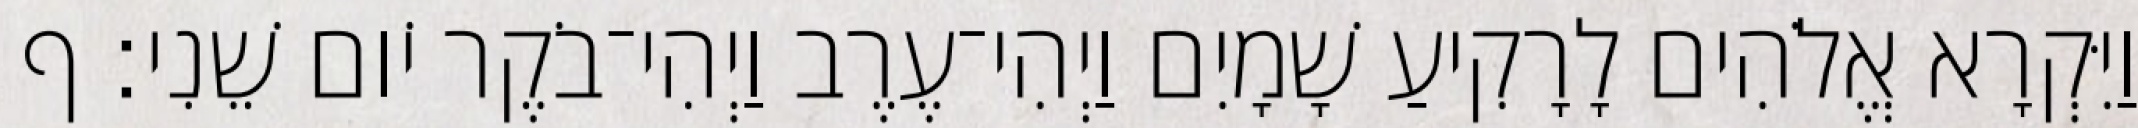
וַיִּקְרָא אֱלֹהִים לָרָקִיעַ שָׁמָיִם וַיְהִי־עֶרֶב וַיְהִי־בֹקֶר יֹום שֵׁנִי׃ ף